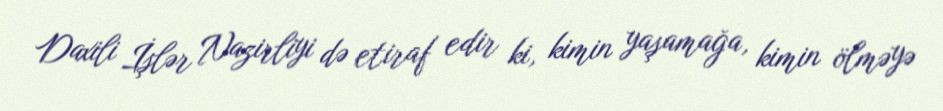
Daxili İşlər Nazirliyi də etiraf edir ki, kimin yaşamağa, kimin ölməyə